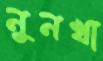
নুনখা